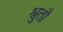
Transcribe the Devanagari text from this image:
श्रुतौ